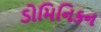
ડોમિનિકન